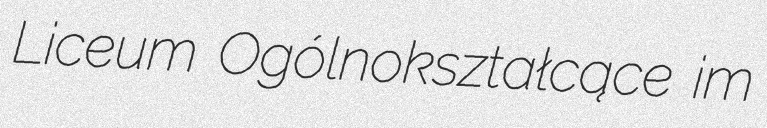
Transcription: Liceum Ogólnokształcące im